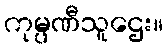
ကုမ္ပဏီသူဌေး။